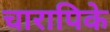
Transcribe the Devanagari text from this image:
चारापिके